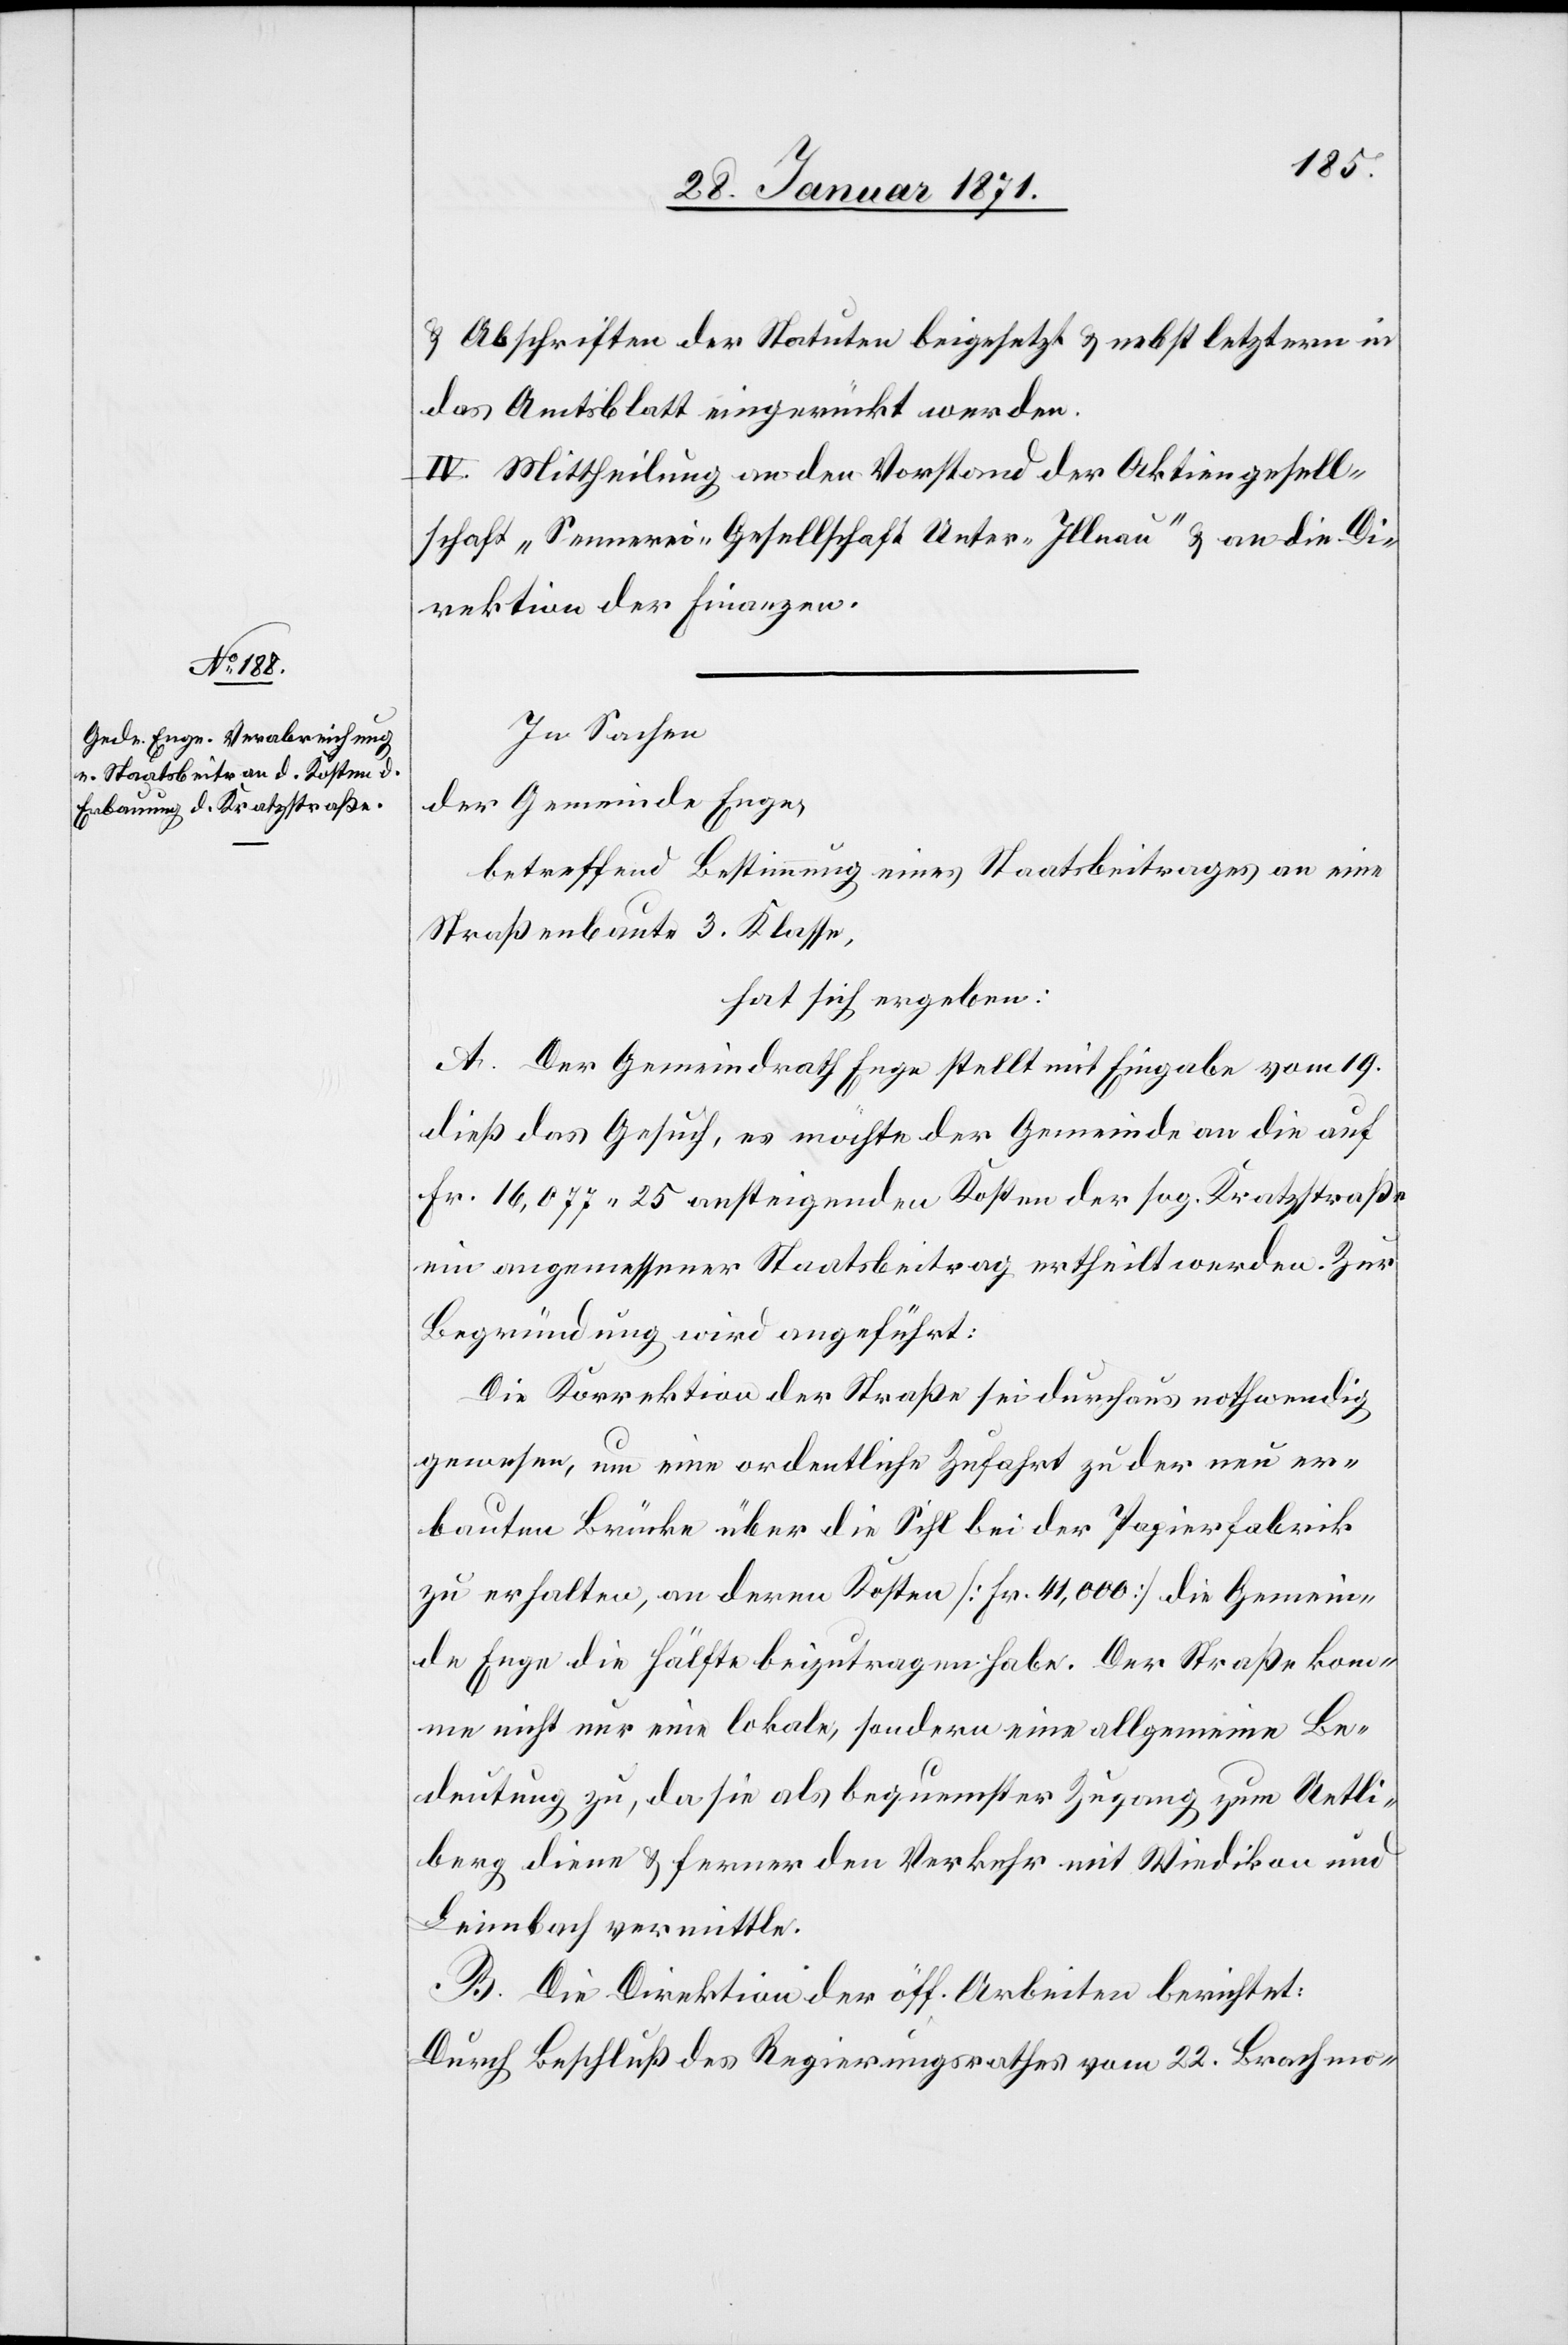
u. Abschriften der Statuten beigesetzt u. nebst letztern in
das Amtsblatt eingerückt werden.
IV. Mittheilung an den Vorstand der Aktiengesell¬
schaft „Sennerei“ Gesellschaft unter „Illnau“ u. an die Di¬
rektion der Finanzen.
In Sachen
der Gemeinde Enge,
betreffend Bestimmung eines Staatsbeitrages an eine
Straßenbaute 3. Klasse,
hat sich ergeben:
A. Der Gemeindrath Enge stellt mit Eingabe vom 19.
dieß das Gesuch, es möchte der Gemeinde an die auf
Fr. 16,077.25 ansteigenden Kosten der sog. Kratzstraße
ein angemessener Staatsbeitrag ertheilt werden. Zur
Begründung wird angeführt:
Die Korrektion der Straße sei durchaus nothwendig
gewesen, um eine ordentliche Zufahrt zu der neu er¬
bauten Brücke über die Sihl bei der Papierfabrik
zu erhalten, an deren Kosten [Fr. 41,000] die Gemein¬
de Enge die Hälfte beizutragen habe. Der Straße kom¬
me nicht nur eine lokale, sondern eine allgemeine Be¬
deutung zu, da sie als bequemster Zugang zum Uetli¬
berg diene u. ferner den Verkehr mit Wiedikon und
Leimbach vermittle.
B. Die Direktion der öff. Arbeiten berichtet:
Durch Beschluß des Regierungsrathes vom 22. Brachmo-